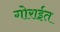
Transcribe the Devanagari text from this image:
गोराईत